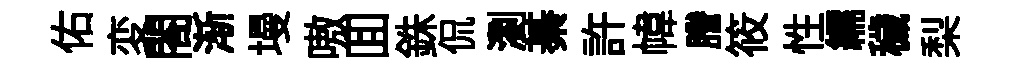
佑変閤渐墁嗷囬銖侃瀏綦許幃謄筱性繻穢梨